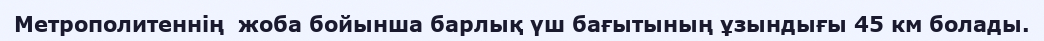
Метрополитеннің  жоба бойынша барлық үш бағытының ұзындығы 45 км болады.